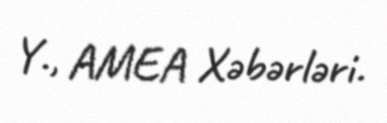
Y., AMEA Xəbərləri.